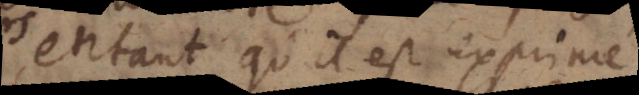
entant qu’il est exprimé